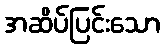
အဆိပ်ပြင်းသော